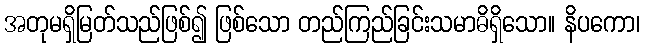
အတုမရှိမြတ်သည်ဖြစ်၍ ဖြစ်သော တည်ကြည်ခြင်းသမာဓိရှိသော။ နိပကော၊